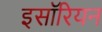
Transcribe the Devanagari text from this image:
इसॉरियन